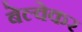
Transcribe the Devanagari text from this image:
बेल्वेकर